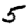
Digit: 5